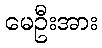
မေဦးအား